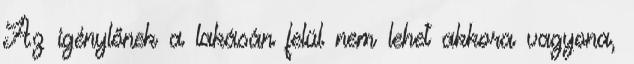
Az igénylőnek a lakásán felül nem lehet akkora vagyona,